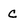
Character: c